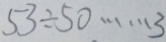
5 3 \div 5 0 \cdots 3